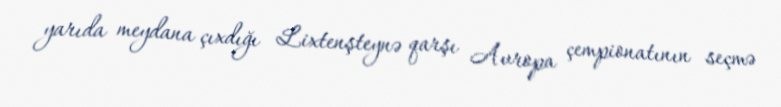
yarıda meydana çıxdığı Lixtenşteynə qarşı Avropa çempionatının seçmə